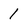
Character: 1